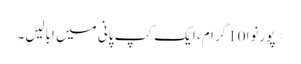
* پورنوا 10گرام، ایک کپ پانی میں ابالیں۔